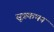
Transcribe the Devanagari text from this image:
सूत्रकथन